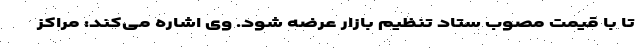
تا با قیمت مصوب ستاد تنظیم بازار عرضه شود. وی اشاره می‌کند: مراکز